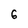
Character: 6